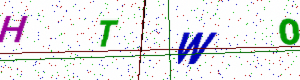
Text: HTWO